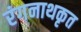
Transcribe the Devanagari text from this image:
रंगनाथकृत